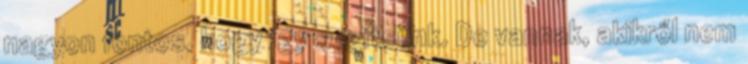
nagyon fontos, hogy így segítsünk. De vannak, akikről nem